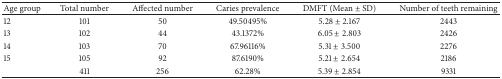
<table><thead><tr><td><b>Age group</b></td><td><b>Total number</b></td><td><b>Affected number</b></td><td><b>Caries prevalence</b></td><td><b>DMFT (Mean ± SD)</b></td><td><b>Number of teeth remaining</b></td></tr></thead><tbody><tr><td>12</td><td>101</td><td>50</td><td>49.50495%</td><td>5.28 ± 2.167</td><td>2443</td></tr><tr><td>13</td><td>102</td><td>44</td><td>43.1372%</td><td>6.05 ± 2.803</td><td>2426</td></tr><tr><td>14</td><td>103</td><td>70</td><td>67.96116%</td><td>5.31 ± 3.500</td><td>2276</td></tr><tr><td>15</td><td>105</td><td>92</td><td>87.6190%</td><td>5.21 ± 2.654</td><td>2186</td></tr><tr><td> </td><td>411</td><td>256</td><td>62.28%</td><td>5.39 ± 2.854</td><td>9331</td></tr></tbody></table>